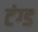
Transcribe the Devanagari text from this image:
टंग्ड